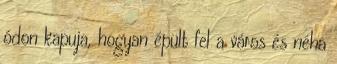
ódon kapuja, hogyan épült fel a város és néha